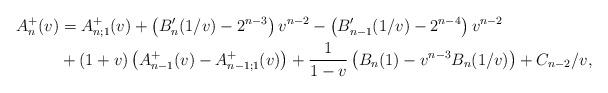
LaTeX: \begin{align*}A^+_n(v)&=A^+_{n;1}(v)+\left(B'_n(1/v)-2^{n-3}\right)v^{n-2}-\left(B'_{n-1}(1/v)-2^{n-4}\right)v^{n-2}\\&+(1+v)\left(A^+_{n-1}(v)-A^+_{n-1;1}(v)\right)+\frac{1}{1-v}\left(B_n(1)-v^{n-3}B_n(1/v)\right)+C_{n-2}/v,\end{align*}